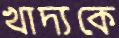
খাদ্যকে